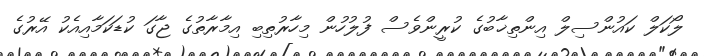
ލޯކަލް ކައުންސިލް އިންތިޚާބުގެ ކުރީންވެސް ފުލުހުން މިހާރުތިބި އިމާރާތުގެ ޖާގަ ކުޑަކަމާއިއެކު އޭރުގެ